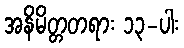
အနိမိတ္တတရား ၁၃-ပါး